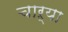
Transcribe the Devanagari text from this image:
चाऱ्या